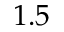
1 . 5